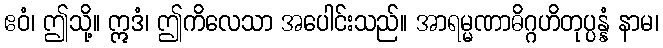
ဧဝံ၊ ဤသို့။ ဣဒံ၊ ဤကိလေသာ အပေါင်းသည်။ အာရမ္မဏာဓိဂ္ဂဟိတုပ္ပန္နံ နာမ၊